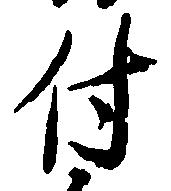
付